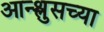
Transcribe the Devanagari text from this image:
आन्श्लुसच्या